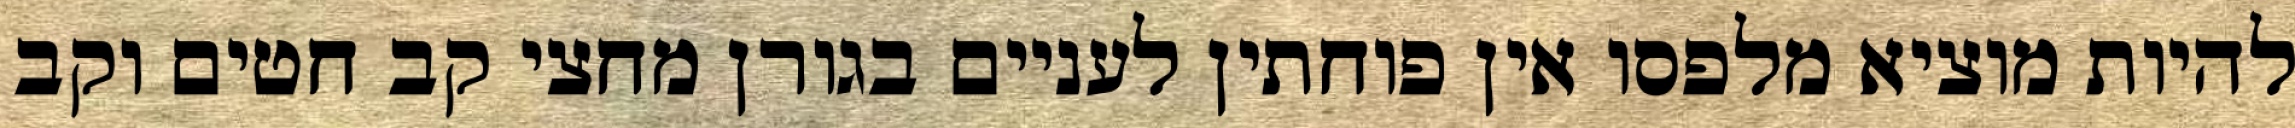
להיות מוציא מלפסו אין פוחתין לעניים בגורן מחצי קב חטים וקב